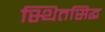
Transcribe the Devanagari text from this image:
स्थितसिद्ध